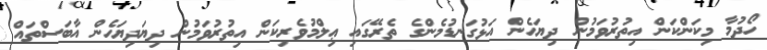
ހޯދުމާ މިކަންކަން އިތުރުވަމުން ދިޔަހެން އަޅުގަނޑުމެންގެ ތެރޭގައި ޢިލްމުވެރިކަން އިތުރުވަމުން ދިޔަދިޔަހެން އާބަސްތައް